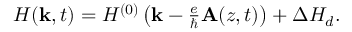
\begin{array} { r } { H ( { \bf k } , t ) = H ^ { ( 0 ) } \left( { \bf k } - \frac { e } { \hbar } { \bf A } ( z , t ) \right) + \Delta H _ { d } . } \end{array}